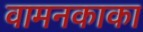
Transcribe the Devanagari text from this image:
वामनकाका